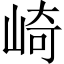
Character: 崎